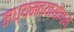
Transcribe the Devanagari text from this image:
मध्यमव्यायोगम्